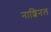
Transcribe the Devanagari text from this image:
नाशिनल